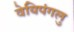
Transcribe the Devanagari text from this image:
वेयिपंगलु